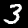
Digit: 3